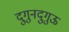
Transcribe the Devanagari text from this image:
दुगुनदुगुऊ